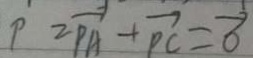
P = \overrightarrow { P A } + \overrightarrow { P C } = \overrightarrow { 0 }